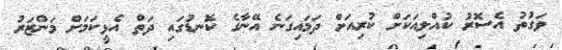
ވަގުތު އެސޮރު ކުއްލިއަކަށް ކުރިއަށް ދަމައިގަނެ އޭނާގެ ކޮނޑުގައި ދަތް އެޅީކަމަށް މަންޒަރު